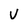
Character: v